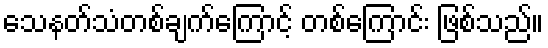
သေနတ်သံတစ်ချက်ကြောင့် တစ်ကြောင်း ဖြစ်သည်။